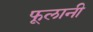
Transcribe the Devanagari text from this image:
फूलानी